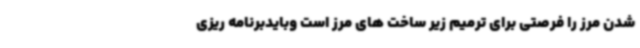
شدن مرز را فرصتی برای ترمیم زیر ساخت های مرز است وبایدبرنامه ریزی